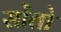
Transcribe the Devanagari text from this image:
सोंतो